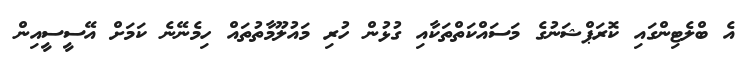
އެ ބްލެޓިންގައި ކޮރަޕްޝަނުގެ މަސައްކަތްތަކާއި ގުޅުން ހުރި މައުލޫމާތުތައް ހިމެނޭނެ ކަމަށް އޭސީސީއިން